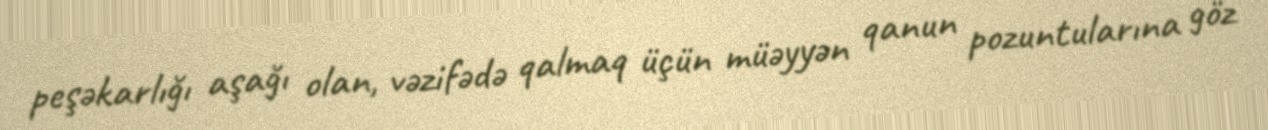
peşəkarlığı aşağı olan, vəzifədə qalmaq üçün müəyyən qanun pozuntularına göz